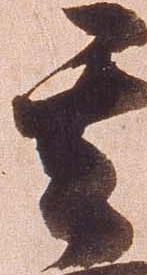
其